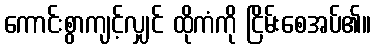
ကောင်းစွာကျင့်လျှင် ထိုကံကို ငြိမ်းစေအပ်၏။